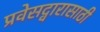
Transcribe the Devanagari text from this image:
प्रवेसद्वारासाठी